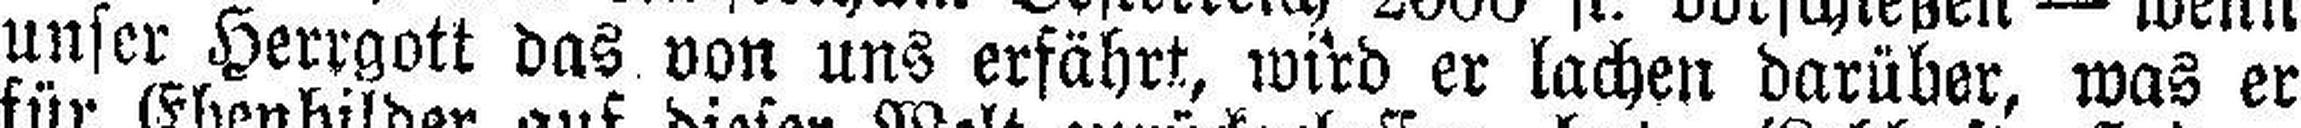
unser Herrgott das von uns erfährt, wird er lachen darüber, was er